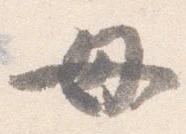
母